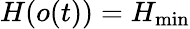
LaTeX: H(o(t))=H_{\operatorname*{min}}